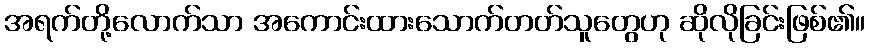
အရက်တို့လောက်သာ အကောင်းထားသောက်တတ်သူတွေဟု ဆိုလိုခြင်းဖြစ်၏။